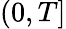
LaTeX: (0,T]